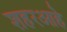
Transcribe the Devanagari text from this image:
शहरआहे